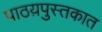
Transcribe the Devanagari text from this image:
पाठय़पुस्तकात